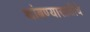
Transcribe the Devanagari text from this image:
थांबण्यासाठीचे